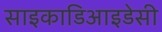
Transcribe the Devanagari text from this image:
साइकाडिआइडेसी